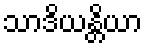
သာဒိယန္တိယာ